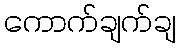
ကောက်ချက်ချ